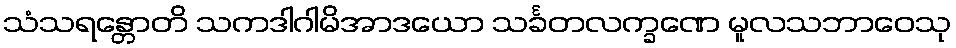
သံသရန္တောတိ သကဒါဂါမိအာဒယော သင်္ခတလက္ခဏေ မူလသဘာဝေသု